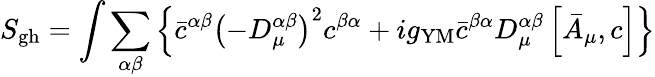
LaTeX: S_{\mathrm{gh}}=\int\sum_{\alpha\beta}\left\{ \bar{c}^{\alpha\beta}\left(-D_{\mu}^{\alpha\beta}\right)^{2}c^{\beta\alpha}+ig_{\mathrm{YM}}\bar{c}^{\beta\alpha}D_{\mu}^{\alpha\beta}\left[\bar{A}_{\mu},c\right]\right\}